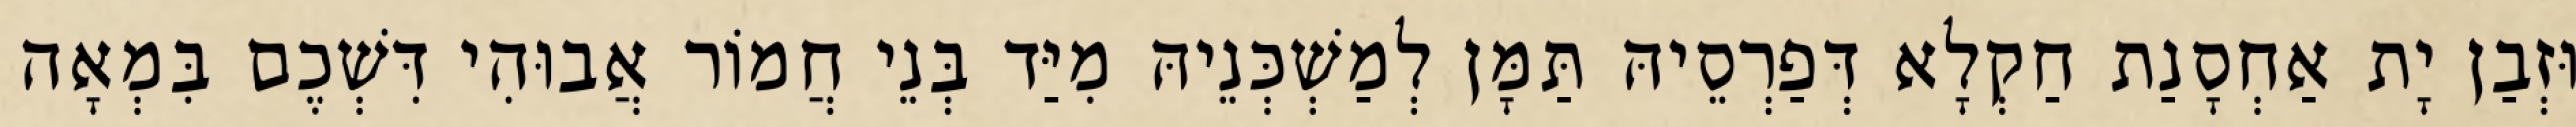
וּזְבַן יָת אַחְסָנַת חַקְלָא דְּפַרְסֵיהּ תַּמָּן לְמַשְׁכְּנֵיהּ מִיַּד בְּנֵי חֲמוֹר אֲבוּהִי דִּשְׁכֶם בִּמְאָה